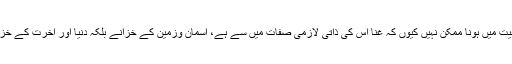
اس کا غنا کے برعکس کیفیت میں ہونا ممکن نہیں کیوں کہ غنا اس کی ذاتی لازمی صفات میں سے ہے، آسمان وزمین کے خزانے بلکہ دنیا اور آخرت کے خزانے اس کے ہاتھ میں ہیں ۔